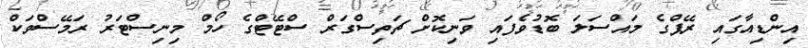
އިންޑިއާގައި ރޭޕްގެ މައްސަލަ ބޮޑުވެފައި ވަނިކޮށް ޗަތިސްގަރް ސްޓޭޓްގެ ހޯމް މިނިސްޓަރު ރަމޭސްވަކް